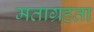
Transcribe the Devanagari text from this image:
मताग्रहता